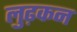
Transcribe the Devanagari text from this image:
लुढ़कन